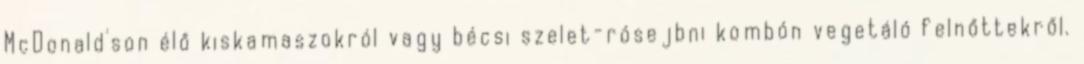
McDonald'son élő kiskamaszokról vagy bécsi szelet-rósejbni kombón vegetáló felnőttekről.